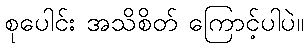
စုပေါင်း အသိစိတ် ကြောင့်ပါပဲ။